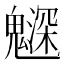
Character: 𩴙